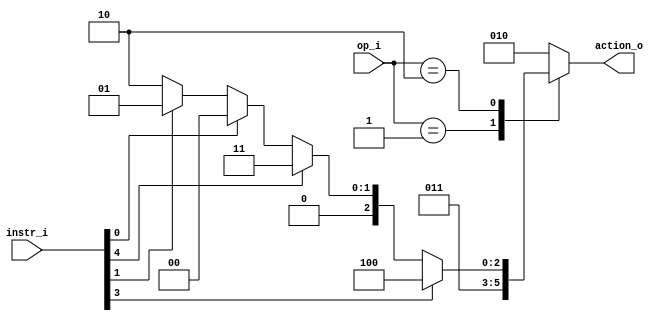
module ALUControl (
    input [1:0] op_i,
    input [4:0] instr_i,
    output reg [2:0] action_o
);
    /*
        action_o
        3'b000 : AND
        3'b001 : OR
        3'b010 : ADD
        3'b011 : SUB
        3'b100 : MUL
    */
    always @(*) begin
        case(op_i)
            2'b01 : action_o = 3'b011; // beq
            2'b10 : begin // R-format
                if(instr_i[3])action_o = 3'b100; // mul
                else if (instr_i[4])action_o = 3'b011; // sub
                else if (instr_i[0])action_o = 3'b000; // and
                else if (instr_i[1])action_o = 3'b001; // or
                else action_o = 3'b010; // add
            end

            default: action_o = 3'b010; // ld, sd, addi
        endcase
    end
endmodule